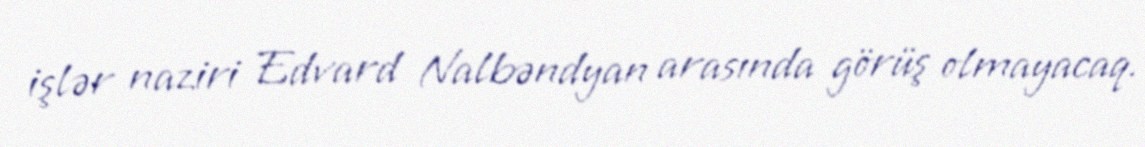
işlər naziri Edvard Nalbəndyan arasında görüş olmayacaq.